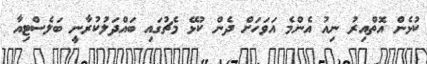
ކުޅެން އޮތްއިރު ނިއު އެންމެ އަވަހަށް ދެން ކުޅޭ މެޗުގައި ބައްދަލުކުރާނީ ބަލެސްޓިއާ